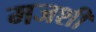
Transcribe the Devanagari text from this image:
मजशीं